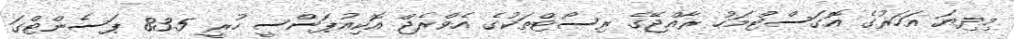
މިދިޔަ އަހަރުގެ އޮގަސްޓްމަހު ރާއްޖޭގެ ރިސޯޓްތަކުގެ އެވްރެޖް އޮކިއުޕަންސީ ހުރީ 83.5 ޕަސެންޓްގަ